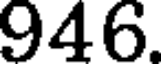
946.